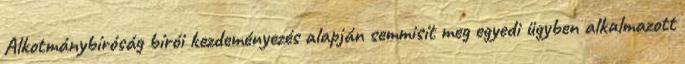
Alkotmánybíróság bírói kezdeményezés alapján semmisít meg egyedi ügyben alkalmazott